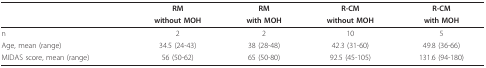
|  | RM | RM | R-CM | R-CM |
 |  | without MOH | with MOH | without MOH | with MOH |
 | --- | --- | --- | --- | --- |
 | n | 2 | 2 | 10 | 5 |
 | Age, mean (range) | 34.5 (24-43) | 38 (28-48) | 42.3 (31-60) | 49.8 (36-66) |
 | MIDAS score, mean (range) | 56 (50-62) | 65 (50-80) | 92.5 (45-105) | 131.6 (94-180) |